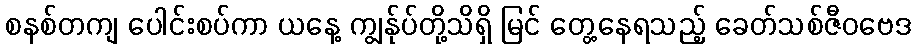
စနစ်တကျ ပေါင်းစပ်ကာ ယနေ့ ကျွန်ုပ်တို့သိရှိ မြင် တွေ့နေရသည့် ခေတ်သစ်ဇီဝဗေဒ